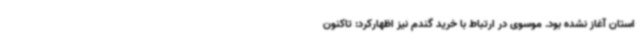
استان آغاز نشده بود. موسوی در ارتباط با خرید گندم نیز اظهارکرد: تاکنون